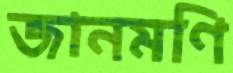
জানমণি